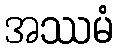
အဿမံ